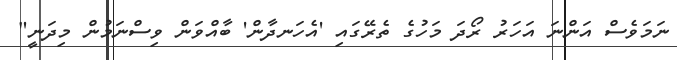
ނަމަވެސް އަންނަ އަހަރު ރޯދަ މަހުގެ ތެރޭގައި 'އެހަނދާން' ބާއްވަން ވިސްނަމުން މިދަނީ"